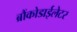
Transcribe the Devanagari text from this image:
ब्रौंकोडाईलेटर